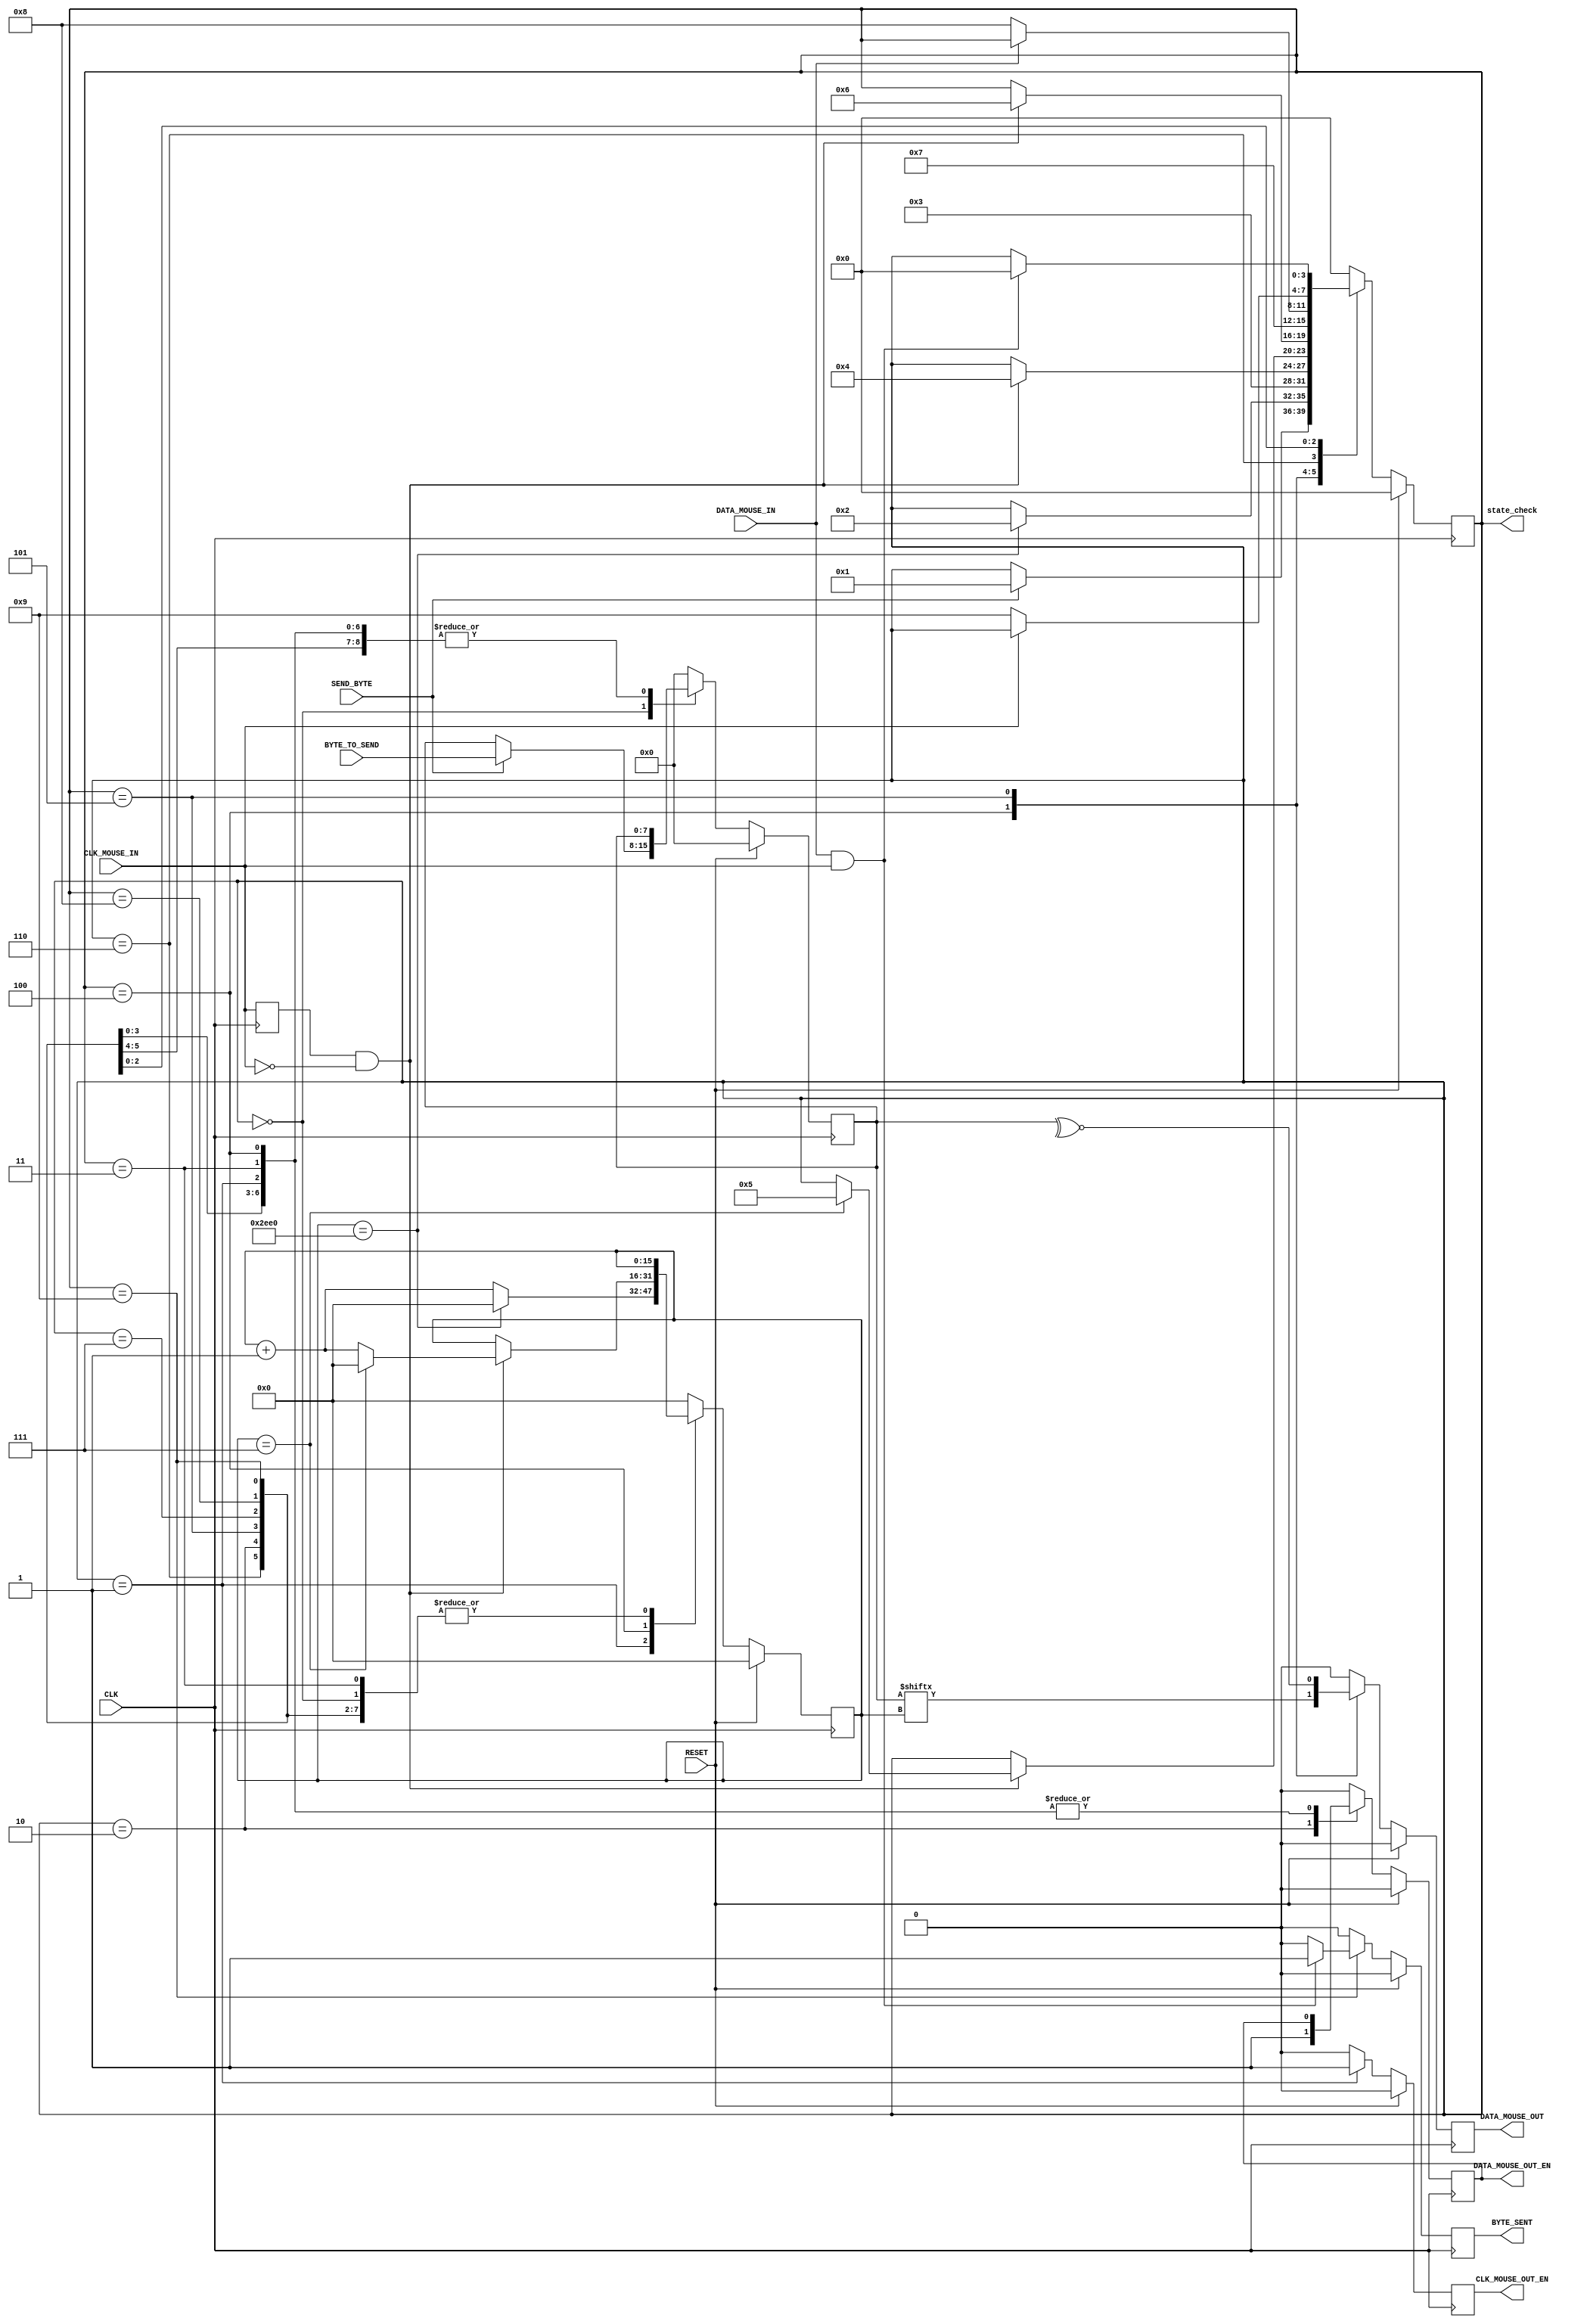
module MouseTransmitter(
    output [3:0] state_check,

    //Standard Inputs
    input RESET,
    input CLK,
    //Mouse IO - CLK
    input CLK_MOUSE_IN,
    output CLK_MOUSE_OUT_EN, // Allows for the control of the Clock line
    //Mouse IO - DATA
    input DATA_MOUSE_IN,
    output DATA_MOUSE_OUT,
    output DATA_MOUSE_OUT_EN,
    //Control
    input SEND_BYTE,
    input [7:0] BYTE_TO_SEND,
    output BYTE_SENT
);

    assign state_check=Curr_State;

    //////////////////////////////////////////////////////////
    // Clk Mouse delayed to detect clock edges
    
    reg ClkMouseInDly;
    
    always@(posedge CLK)
        ClkMouseInDly <= CLK_MOUSE_IN;
    
    //////////////////////////////////////////////////////////
    //Now a state machine to control the flow of write data
    
    reg [3:0] Curr_State, Next_State;
    reg Curr_MouseClkOutWE, Next_MouseClkOutWE;
    reg Curr_MouseDataOut, Next_MouseDataOut;
    reg Curr_MouseDataOutWE, Next_MouseDataOutWE;
    reg [15:0] Curr_SendCounter, Next_SendCounter;
    reg Curr_ByteSent, Next_ByteSent;
    reg [7:0] Curr_ByteToSend, Next_ByteToSend;
    
    //Sequential
    always@(posedge CLK) begin
        if(RESET) begin
            Curr_State <= 4'h0;
            Curr_MouseClkOutWE <= 1'b0;
            Curr_MouseDataOut <= 1'b0;
            Curr_MouseDataOutWE <= 1'b0;
            Curr_SendCounter <= 0;
            Curr_ByteSent <= 1'b0;
            Curr_ByteToSend <= 0;
        end 
        else begin
            Curr_State <= Next_State;
            Curr_MouseClkOutWE <= Next_MouseClkOutWE;
            Curr_MouseDataOut <= Next_MouseDataOut;
            Curr_MouseDataOutWE <= Next_MouseDataOutWE;
            Curr_SendCounter <= Next_SendCounter;
            Curr_ByteSent <= Next_ByteSent;
            Curr_ByteToSend <= Next_ByteToSend;
        end
    end
    
    //Combinatorial
    always @(*) begin
    //default values
        Next_State = Curr_State;
        Next_MouseClkOutWE = 1'b0;
        Next_MouseDataOut = 1'b0;
        Next_MouseDataOutWE = Curr_MouseDataOutWE;
        Next_SendCounter = Curr_SendCounter;
        Next_ByteSent = 1'b0;
        Next_ByteToSend = Curr_ByteToSend;
        
        case(Curr_State)
            //IDLE
            4'h0 : begin
                if(SEND_BYTE) begin
                        Next_State = 4'h1;
                        Next_ByteToSend = BYTE_TO_SEND;
                    end
                Next_MouseDataOutWE = 1'b0;
                end
                
            //Bring Clock line low for at least 100 microsecs i.e. 10000 clock cycles @ 100MHz
            4'h1 : begin
                if(Curr_SendCounter == 12000) begin //120ms
                    Next_State = 4'h2;
                    Next_SendCounter = 0;
                end 
                else
                    Next_SendCounter = Curr_SendCounter + 1'b1;
                Next_MouseClkOutWE = 1'b1;
            end
            
            //Bring the Data Line Low and release the Clock line
            4'h2 : begin
                Next_State = 4'h3;
                Next_MouseDataOutWE = 1'b1;
            end
            
            //Start Sending
            4'h3 : begin // change data at falling edge of clock, start bit = 0
                if(ClkMouseInDly & ~CLK_MOUSE_IN)
                    Next_State = 4'h4;
            end
            
            //Send Bits 0 to 7 - We need to send the byte
            4'h4 : begin // change data at falling edge of clock
                if(ClkMouseInDly & ~CLK_MOUSE_IN) begin
                    if(Curr_SendCounter == 7) begin
                        Next_State = 4'h5;
                        Next_SendCounter = 0;
                    end 
                    else
                        Next_SendCounter = Curr_SendCounter + 1'b1;
                end
                Next_MouseDataOut = Curr_ByteToSend[Curr_SendCounter];
            end
            
            //Send the parity bit
            4'h5 : begin // change data at falling edge of clock
                if(ClkMouseInDly & ~CLK_MOUSE_IN)
                    Next_State = 4'h6;
                Next_MouseDataOut = ~^Curr_ByteToSend[7:0];
            end
            
            //Release Data line
            4'h6 : begin
                Next_State = 4'h7;
                Next_MouseDataOutWE = 1'b0;
            end
            
            /*
            Wait for Device to bring Data line low, then wait for Device to bring Clock line low, and finally wait for
            Device to release both Data and Clock.
            */
            /*....................
            FILL IN THIS AREA
            ...................*/
            //Wait for Device to bring Data line low
            4'h7: begin
                if(~DATA_MOUSE_IN)
                    Next_State = 4'h8;
            end
            
            //ait for Device to bring Clock line low
            4'h8: begin
                if(~CLK_MOUSE_IN)
                    Next_State = 4'h9;
            end
            
            //wait for Device to release both Data and Clock (Both clk and data equals 1(or z, not sure about it))
            4'h9: begin
                if(DATA_MOUSE_IN & CLK_MOUSE_IN) begin
                    Next_State = 4'h0;
                    Next_ByteSent = 1'b1; //? not sure
                end
            end
            
            //default
            default: begin
                Next_State = 4'h0;
                Next_MouseClkOutWE = 1'b0;
                Next_MouseDataOut = 1'b0;
                Next_MouseDataOutWE = 1'b0;
                Next_SendCounter = 0;
                Next_ByteSent = 1'b0;
                Next_ByteToSend = 0;
            end
        endcase
    end
    
    ///////////////////////////////////////////////////////////////
    //Assign OUTPUTs
    //Mouse IO - CLK
    assign CLK_MOUSE_OUT_EN = Curr_MouseClkOutWE;
    //Mouse IO - DATA
    assign DATA_MOUSE_OUT = Curr_MouseDataOut;
    assign DATA_MOUSE_OUT_EN = Curr_MouseDataOutWE;
    //Control
    assign BYTE_SENT = Curr_ByteSent;
    
endmodule